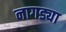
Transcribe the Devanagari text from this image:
नागड्या